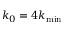
{ { k } _ { 0 } } = 4 { { k } _ { \operatorname* { m i n } } }